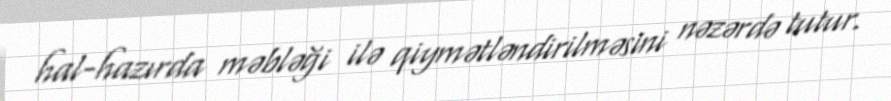
hal-hazırda məbləği ilə qiymətləndirilməsini nəzərdə tutur.